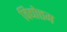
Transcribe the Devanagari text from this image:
विद्योत्तम